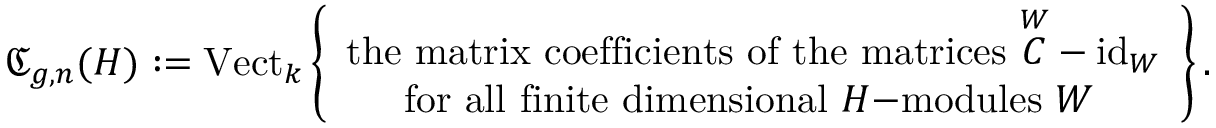
\mathfrak { C } _ { g , n } ( H ) : = \mathrm { V e c t } _ { k } \left\lbrace \begin{array} { l l } { \mathrm { t h e ~ m a t r i x ~ c o e f f i c i e n t s ~ o f ~ t h e ~ m a t r i c e s ~ } \overset { W } { C } - \mathrm { i d } _ { W } } \\ { \quad \: \: \mathrm { f o r ~ a l l ~ f i n i t e ~ d i m e n s i o n a l ~ } H \mathrm { - m o d u l e s \ } W } \end{array} \right\rbrace .